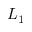
L _ { 1 }